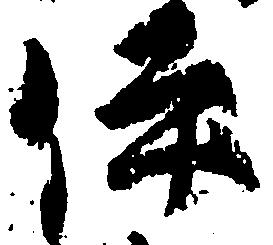
伊